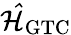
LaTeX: \mathcal{\hat{H}}_{\mathrm{GTC}}